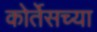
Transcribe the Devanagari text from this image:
कोर्तेसच्या